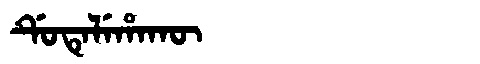
Manchu: ᡩᡠᡨᡝᠯᡝᡥᠠᡴᡡ
Romanization: DUTELEHAKŪ